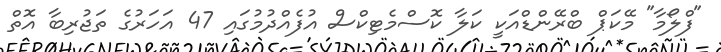
"ފްލޯމާ" މޭކަޕް ބްރޭންޑްއަކީ ކަލާ ކޮސްމެޓިކްސް އުފެއްދުމުގައި 47 އަހަރުގެ ތަޖުރިބާ އޮތް